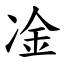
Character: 凎